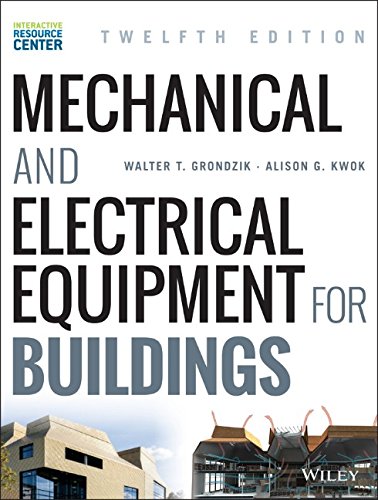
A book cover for Mechanical and Electrical Equipment for Buildings; Walter T. Grondzik; Engineering & Transportation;